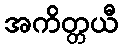
အကိတ္တယီ